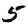
Digit: 5